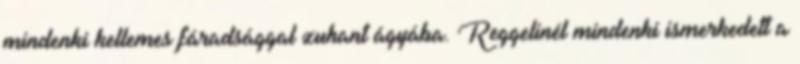
mindenki kellemes fáradsággal zuhant ágyába. Reggelinél mindenki ismerkedett a